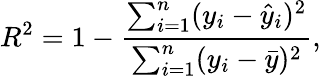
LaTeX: R^{2}=1-\frac{\sum_{i=1}^{n}(y_{i}-\hat{y}_{i})^{2}}{\sum_{i=1}^{n}(y_{i}-\bar{y})^{2}},